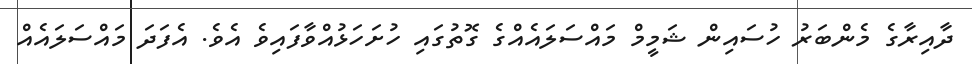
ދާއިރާގެ މެންބަރު ހުސައިން ޝަމީމް މައްސަލައެއްގެ ގޮތުގައި ހުށަހަޅުއްވާފައިވެ އެވެ. އެފަދަ މައްސަލައެއް